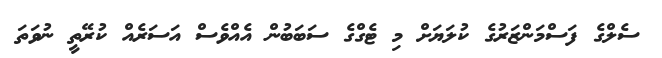
ސެލްގެ ފަސްމަންޒަރުގެ ކުލަޔަށް މި ޓެގްގެ ސަބަބުން އެއްވެސް އަސަރެއް ކުރޭތީ ނުވަތަ